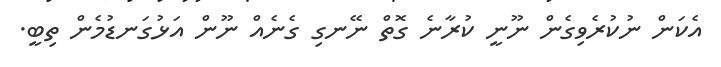
އެކަން ނުކުރެވިގެން ނޫނީ ކުރާނެ ގޮތް ނޭނގި ގެނެއް ނޫން އަޅުގަނޑުމެން ތިބީ.